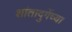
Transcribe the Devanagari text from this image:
शांतादुर्गेच्या